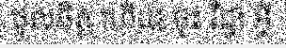
ចូលចិត្ត ហើយ ចុះ វិជ្ជា អ្វី